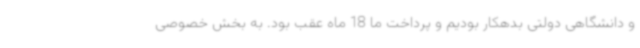
و دانشگاهی دولتی بدهکار بودیم و پرداخت ما 18 ماه عقب بود. به بخش خصوصی